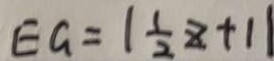
E G = \vert \frac { 1 } { 2 } z + 1 \vert